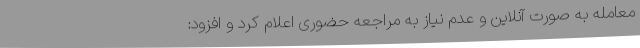
معامله به صورت آنلاین و عدم نیاز به مراجعه حضوری اعلام کرد و افزود: